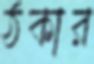
ঠকার